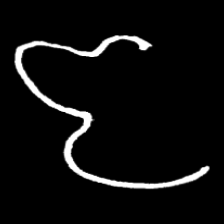
Pyu character \u2014 Myanmar letter: ဇ (romanized: ja)